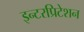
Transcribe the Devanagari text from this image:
इन्टरप्रिटेशन